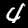
Digit: 4